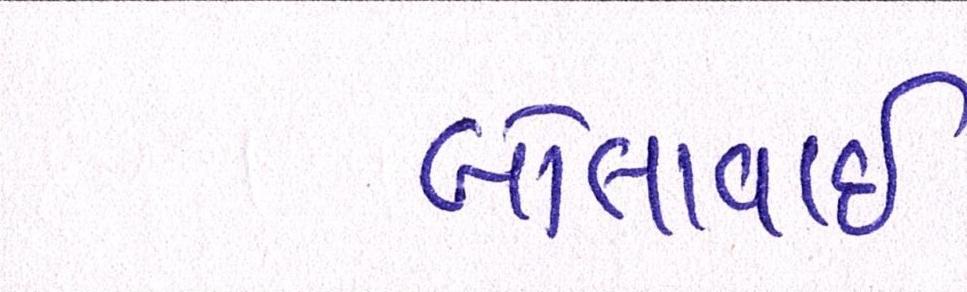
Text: બોલાવાઇ